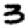
Digit: 3